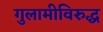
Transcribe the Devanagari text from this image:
गुलामीविरुद्ध